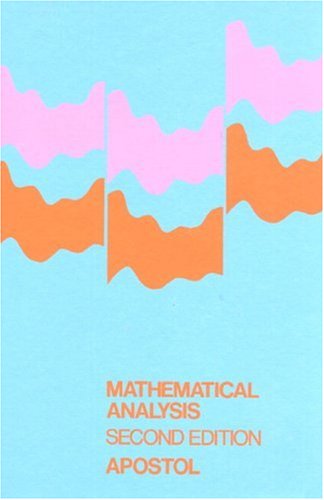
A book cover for Mathematical Analysis, Second Edition; Tom M. Apostol; Science & Math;